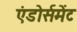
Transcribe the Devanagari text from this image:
एंडोर्समेंट